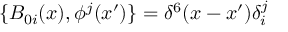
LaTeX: \{ B _ { 0 i } ( x ) , \phi ^ { j } ( x ^ { \prime } ) \} = \delta ^ { 6 } ( x - x ^ { \prime } ) \delta _ { i } ^ { j }